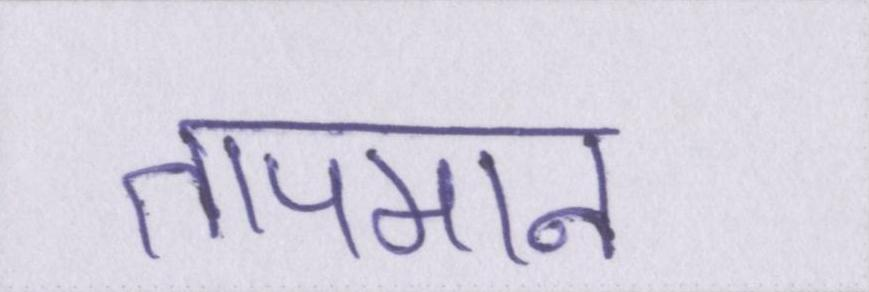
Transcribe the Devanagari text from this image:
तापमान